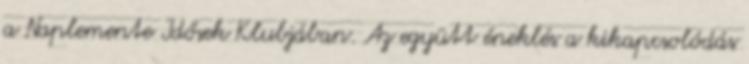
a Naplemente Idősek Klubjában. Az együtt éneklés a kikapcsolódás